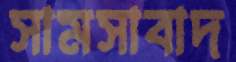
সামসাবাদ